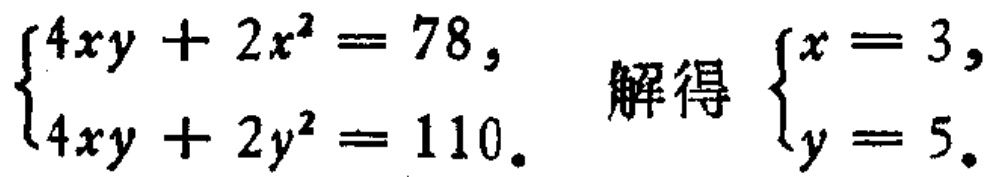
$\begin{cases}4xy + 2x^{2} = 78,\\4xy + 2y^{2} = 110.\end{cases}$ 解得 $\begin{cases}x = 3,\\y = 5.\end{cases}$